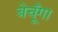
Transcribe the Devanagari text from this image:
बेचूँगा